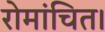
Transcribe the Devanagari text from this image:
रोमांचित।